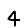
Digit: 4